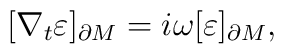
[\nabla_{t}\varepsilon]_{\partial M}=i \omega [\varepsilon]_{\partial M},